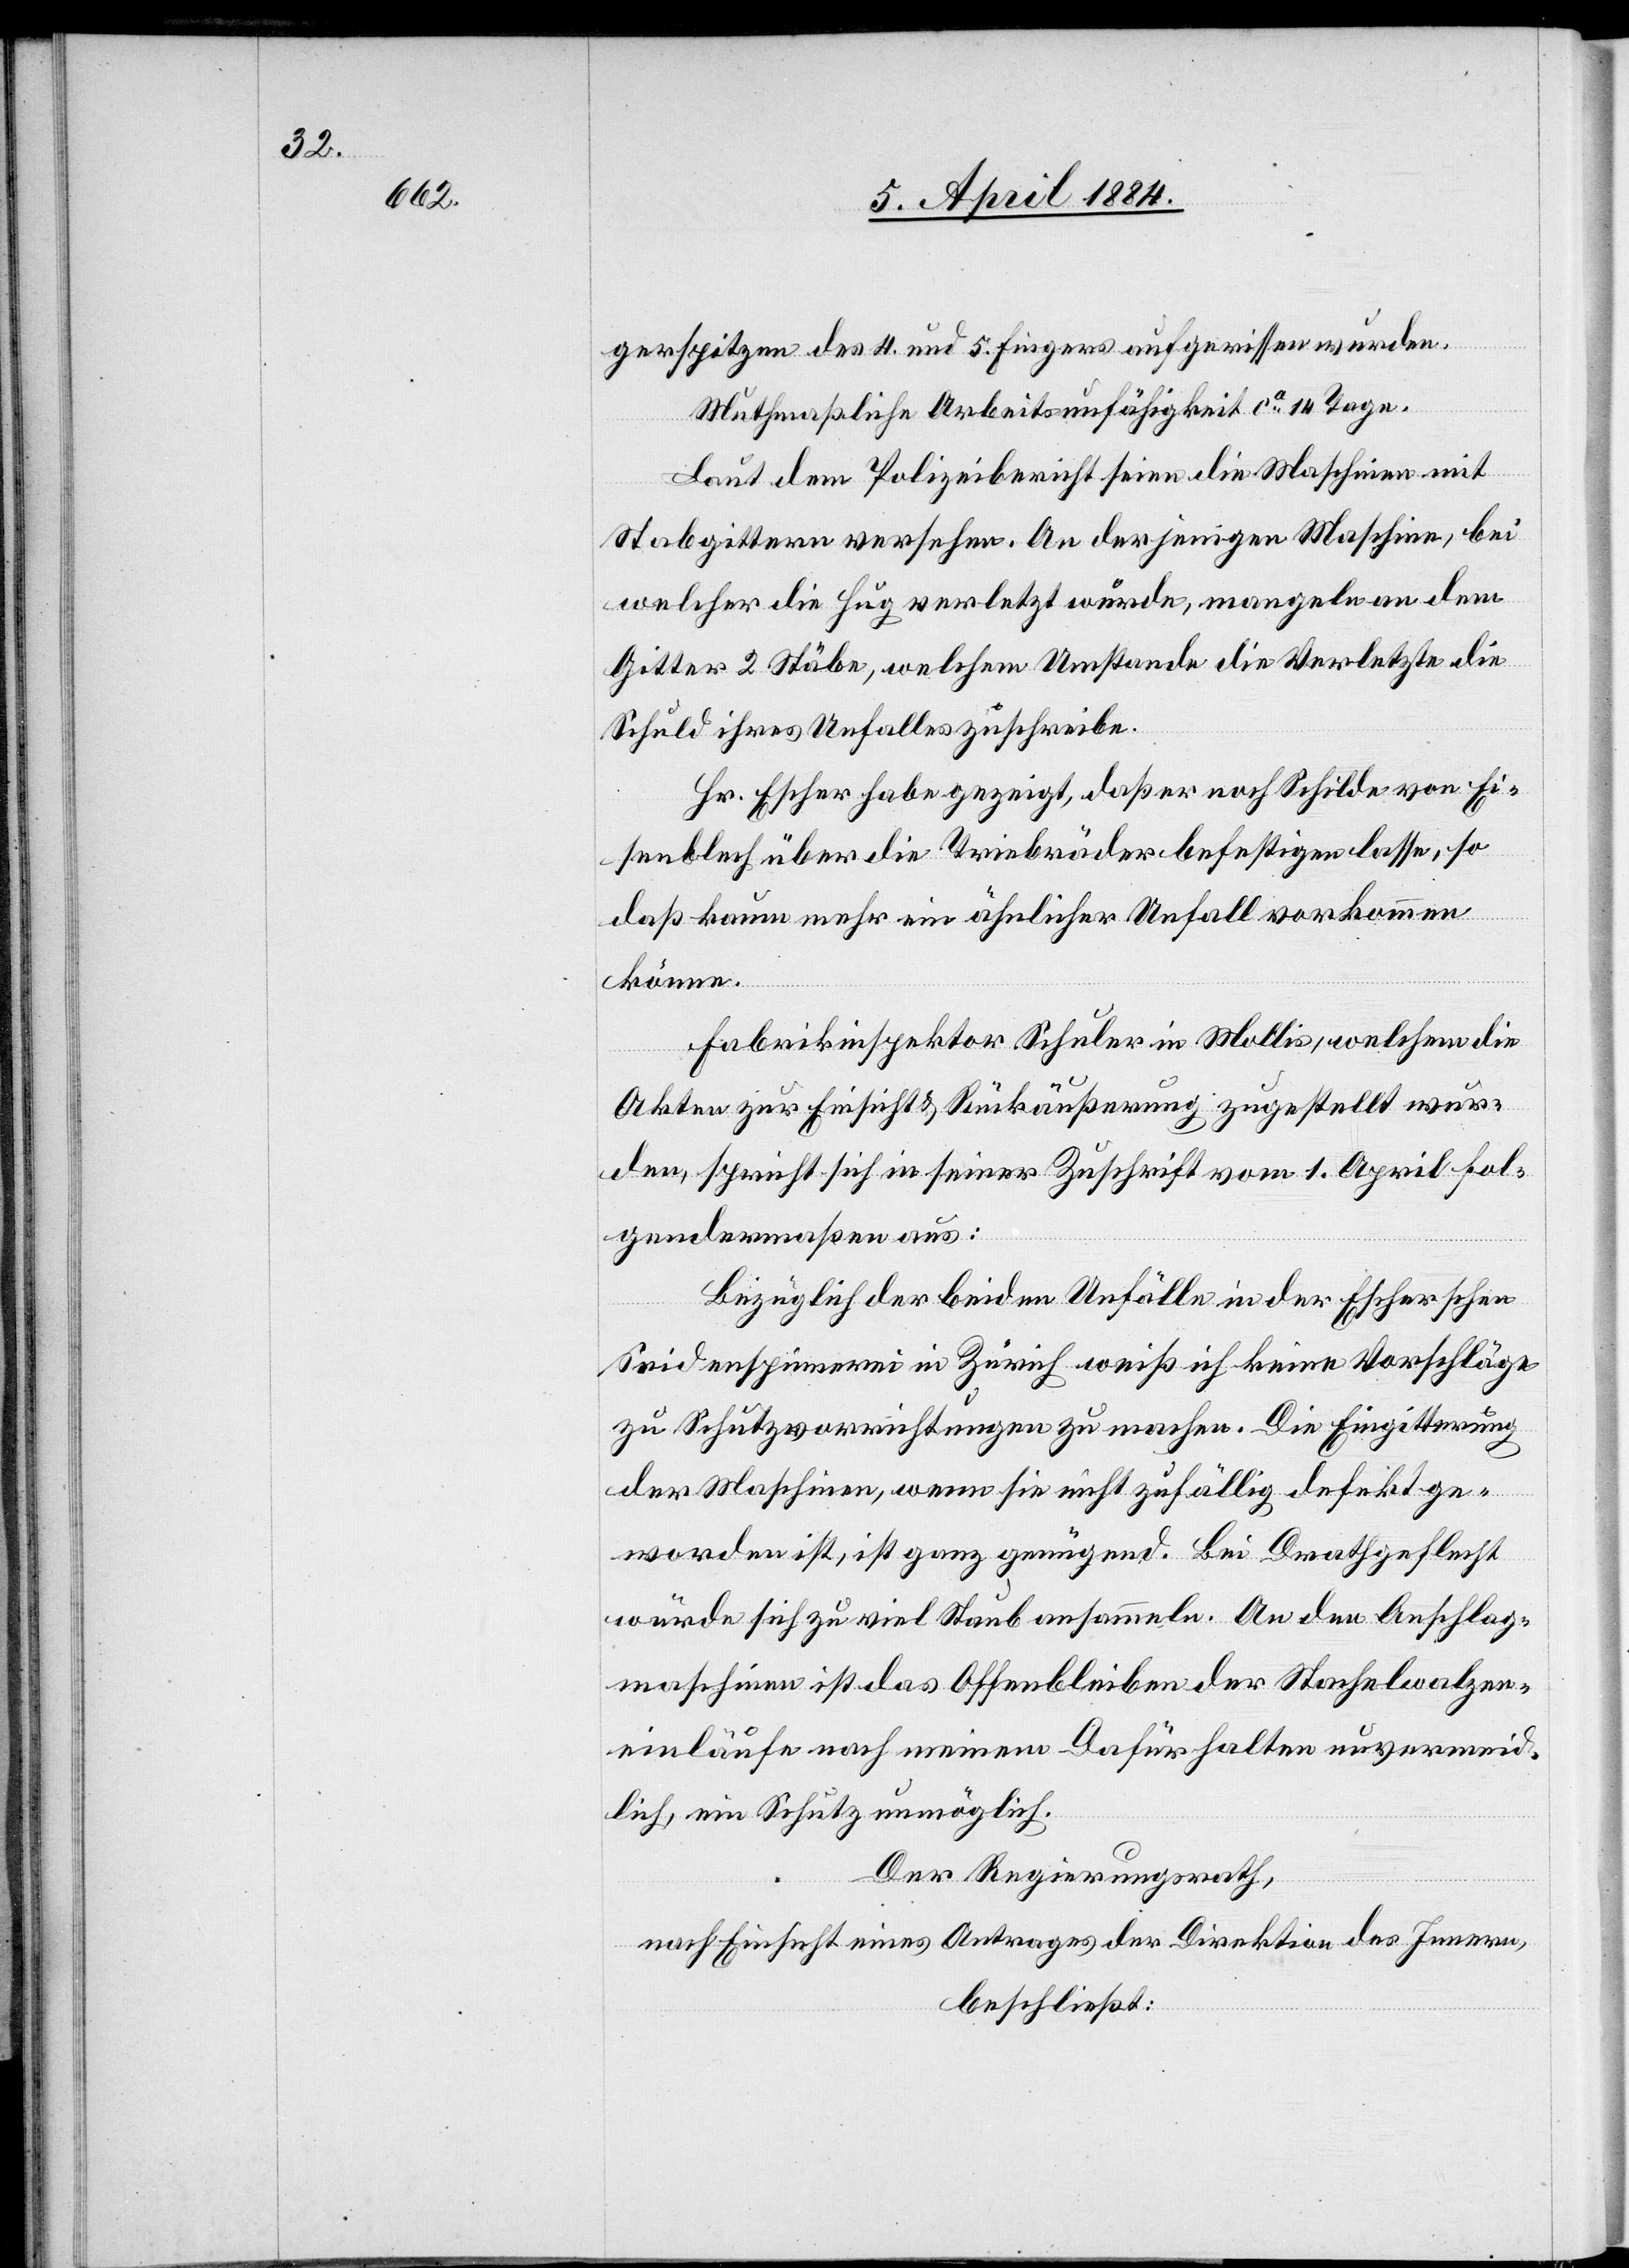
gerspitze des 4. und 5. Fingers aufgerissen wurde.
Muthmaßliche Arbeitsunfähigkeit ca 14 Tage.
Laut dem Polizeibericht seien die Maschinen mit
Stabgittern versehen. An derjenigen Maschine, bei
welcher die Hug verletzt wurde, mangeln an dem
Gitter 2 Stäbe, welchem Umstande die Verletzte die
Schuld ihres Unfalles zuschreibe.
Herr Escher habe gezeigt, daß er noch Schilde von Ei¬
senblech über die Triebräder befestigen lasse, so
daß kaum mehr ein ähnlicher Unfall vorkommen
könne.
Fabrikinspektor Schuler in Mollis, welchem die
Akten zur Einsicht & Rückäußerung zugestellt wur¬
den, spricht sich in seiner Zuschrift vom 1. April fol¬
gendermaßen aus:
Bezüglich der beiden Unfälle in der Escherschen
Seidenspinnerei in Zürich weiß ich keine Vorschläge
zu Schutzvorrichtungen zu machen. Die Eingitterung
der Maschinen, wenn sie nicht zufällig defekt ge¬
worden ist, ist ganz genügend. Bei Drathgeflecht
würde sich zu viel Staub ansammeln. An den Anschlag¬
maschinen ist das Offenbleiben der Stachelwalzen¬
einläufe nach meinem Dafürhalten unvermeid¬
lich, ein Schutz unmöglich.
Der Regierungsrath,
nach Einsicht eines Antrages der Direktion des Innern,
beschließt: